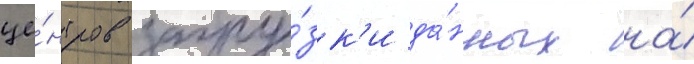
це́нтров загру́зк'и да́нных на́